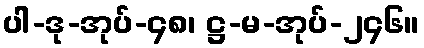
ပါ-ဒု-အုပ်-၄၈၊ ဋ္ဌ-မ-အုပ်-၂၄၆။